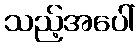
သည့်အပေါ်